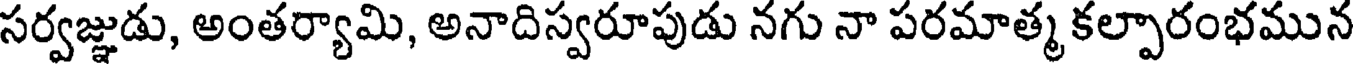
సర్వజ్ఞుడు, అంతర్యామి, అనాదిస్వరూపుడు నగు నా పరమాత్మ కల్పారంభమున